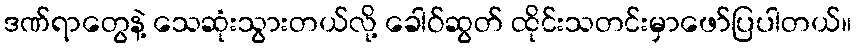
ဒဏ်ရာတွေနဲ့ သေဆုံးသွားတယ်လို့ ခေါဝ်ဆွတ် ထိုင်းသတင်းမှာဖော်ပြပါတယ်။